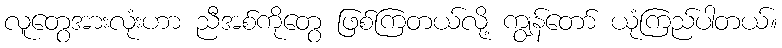
လူတွေအားလုံးဟာ ညီအစ်ကိုတွေ ဖြစ်ကြတယ်လို့ ကျွန်တော် ယုံကြည်ပါတယ်။